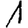
Digit: 1